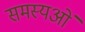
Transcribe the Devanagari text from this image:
समस्यओं